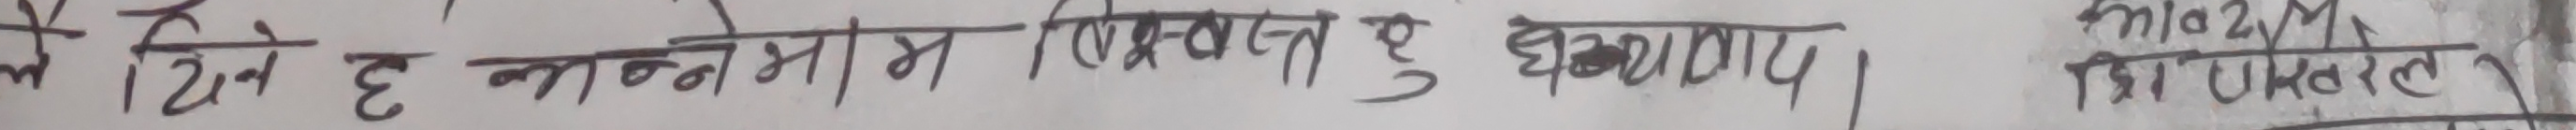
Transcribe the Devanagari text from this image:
कै तिन ह बनेमा तोकना पू छु घडयार।